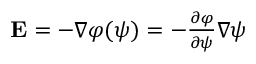
\begin{array} { r } { { \mathbf E } = - \nabla \varphi ( \psi ) = - \frac { \partial \varphi } { \partial \psi } \nabla \psi } \end{array}